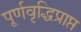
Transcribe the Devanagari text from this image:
पूर्णवृद्धिप्राप्त